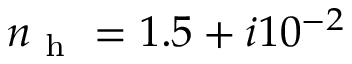
n _ { \mathrm { ~ h ~ } } = 1 . 5 + i 1 0 ^ { - 2 }